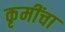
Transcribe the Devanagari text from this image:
कृमींचा